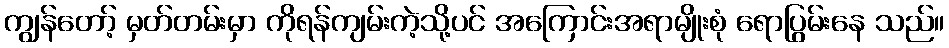
ကျွန်တော့် မှတ်တမ်းမှာ ကိုရန်ကျမ်းကဲ့သို့ပင် အကြောင်းအရာမျိုးစုံ ရောပြွမ်းနေ သည်။